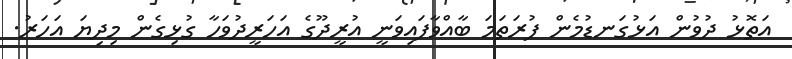
އަތޮޅު ދުވުން އަޅުގަނޑުމެން ފުރަތަމަ ބާއްވާފައިވަނީ އުރީދޫގެ އަހަރީދުވަހާ ގުޅިގެން މިދިޔަ އަހަރު.